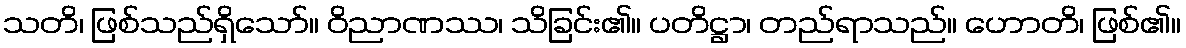
သတိ၊ ဖြစ်သည်ရှိသော်။ ဝိညာဏဿ၊ သိခြင်း၏။ ပတိဋ္ဌာ၊ တည်ရာသည်။ ဟောတိ၊ ဖြစ်၏။